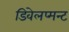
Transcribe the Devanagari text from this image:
डिवेलप्मन्ट